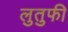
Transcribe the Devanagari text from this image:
लुतुफी